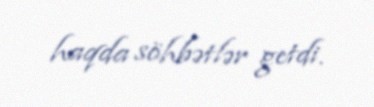
haqda söhbətlər getdi.